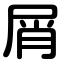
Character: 屑